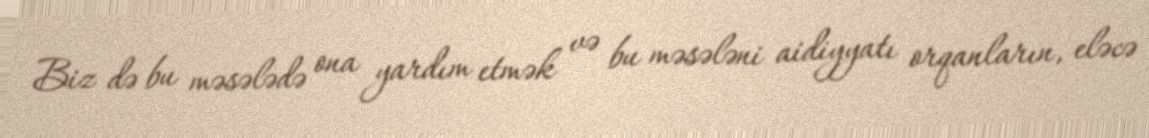
Biz də bu məsələdə ona yardım etmək və bu məsələni aidiyyatı orqanların, eləcə